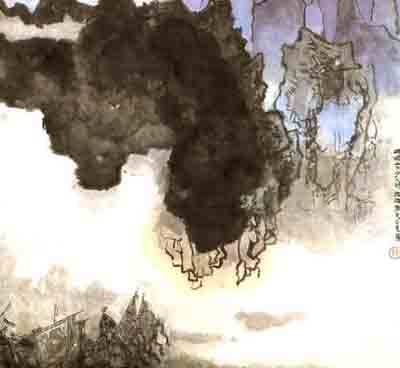
黄埃散漫风萧索，云栈萦纡登剑阁。